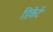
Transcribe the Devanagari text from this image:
डिकेर्ट